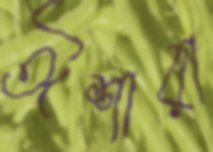
ঈশারা